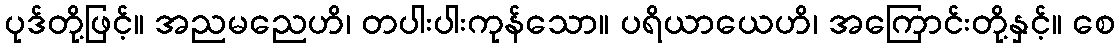
ပုဒ်တို့ဖြင့်။ အညမညေဟိ၊ တပါးပါးကုန်သော။ ပရိယာယေဟိ၊ အကြောင်းတို့နှင့်။ စေ